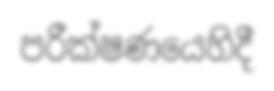
පරීක්ෂණයෙහිදී